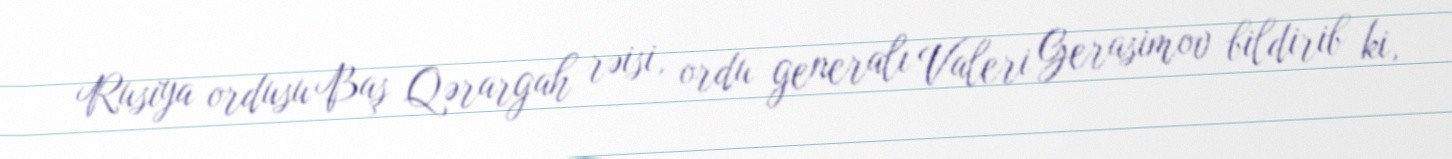
Rusiya ordusu Baş Qərargah rəisi, ordu generalı Valeri Gerasimov bildirib ki,